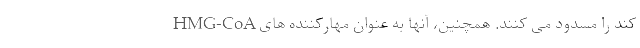
کند را مسدود می کنند. همچنین، آنها به عنوان مهارکننده های HMG-CoA